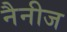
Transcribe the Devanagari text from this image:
नैनीज